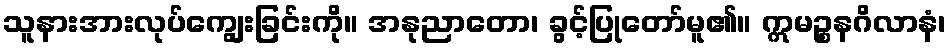
သူနားအားလုပ်ကျွေးခြင်းကို။ အနုညာတော၊ ခွင့်ပြုတော်မူ၏။ ဣမဉ္စနဂိလာနံ၊